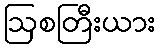
ဩစတြီးယား